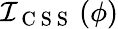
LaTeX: \mathcal{I}_{\mathrm{~C~S~S~}}\left(\phi\right)